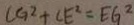
C G ^ { 2 } + C E ^ { 2 } = E G ^ { 2 }